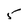
Character: 5